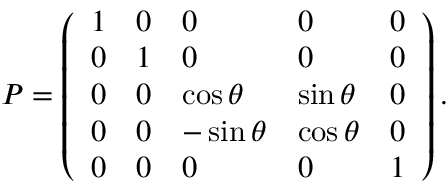
P = \left( \begin{array} { l l l l l } { 1 } & { 0 } & { 0 } & { 0 } & { 0 } \\ { 0 } & { 1 } & { 0 } & { 0 } & { 0 } \\ { 0 } & { 0 } & { \cos { \theta } } & { \sin { \theta } } & { 0 } \\ { 0 } & { 0 } & { - \sin { \theta } } & { \cos { \theta } } & { 0 } \\ { 0 } & { 0 } & { 0 } & { 0 } & { 1 } \end{array} \right) .